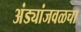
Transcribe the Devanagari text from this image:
अंड्यांजवळचा